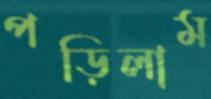
পড়িলাম